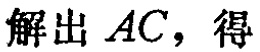
解出 \(AC\)，得